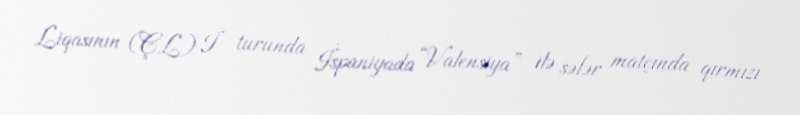
Liqasının (ÇL) I turunda İspaniyada “Valensiya” ilə səfər matçında qırmızı